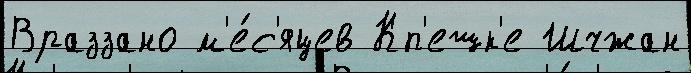
Враззано м'е́с'яцев Кп'ешк'е Шчжан